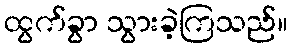
ထွက်ခွာ သွားခဲ့ကြသည်။